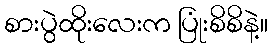
စားပွဲထိုးလေးက ပြုံးစိစိနဲ့။